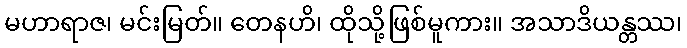
မဟာရာဇ၊ မင်းမြတ်။ တေနဟိ၊ ထိုသို့ဖြစ်မူကား။ အသာဒိယန္တဿ၊